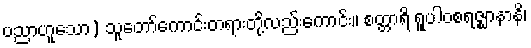
ပညာဟူသော) သူတော်ကောင်းတရားတို့လည်းကောင်း။ စတ္တာရိ ရူပါဝစရဇ္ဈာနာနိ၊